Civil Veterinary Dept. Bombay admin report 1907-1913 - 1907-1913
Year: 1907
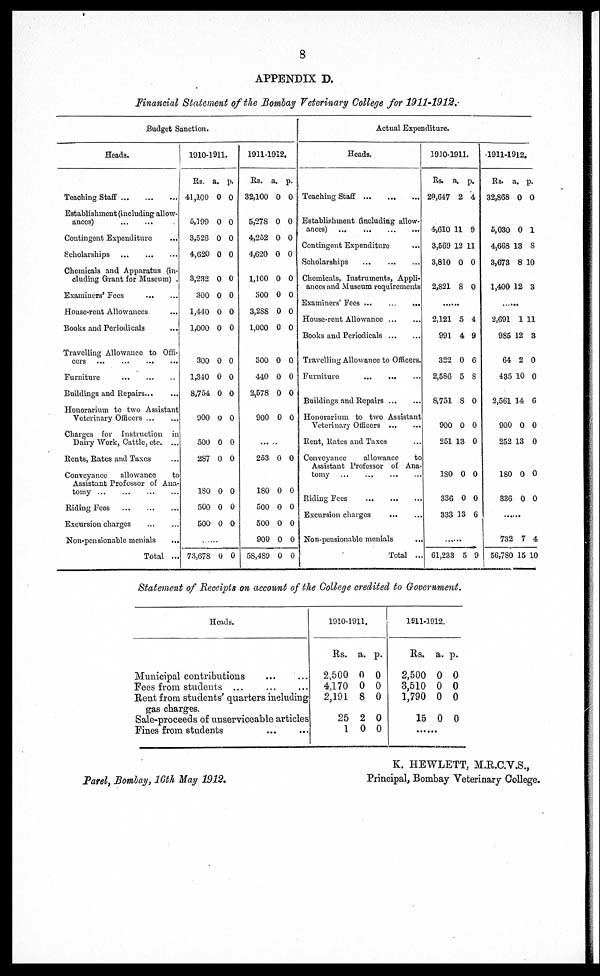
8
APPENDIX D.
Financial Statement of the Bombay Veterinary College for 1911-1912.
Budget Sanction.
Heads.
Teaching Staff ... ... ...
Establishment (including allow-
ances) ... ... ...
Contingent Expenditure
Scholarships ... ... ...
Chemicals and Apparatus (in-
cluding Grant for Museum) .
Examiners' Fees ... ...
House-rent Allowances ...
Books and Periodicals ...
Travelling Allowance to Offi-
cers ... ... ... ...
Furniture ... ... ...
Buildings and Repairs ...
Honorarium to two Assistant
Veterinary Officers ... ...
Charges for Instruction in
Dairy Work, Cattle, etc. ...
Rents, Rates and Taxes ...
Conveyance
allowance
to
Assistant Professor of Ana-
tomy ... ... ... ...
Riding Fees ... ... ...
Excursion charges ... ...
Non-pensionable menials ...
Total ...
1910-1911.
Rs.
41,100
5,199
3,526
4,620
3,232
300
1,440
1,000
300
1,340
8,754
900
500
287
180
500
500
a.
0
0
0
0
0
0
0
0
0
0
0
0
0
0
0
0
0
p.
0
0
0
0
0
0
0
0
0
0
0
0
0
0
0
0
0
......
73,678 0 0
1911-1912.
Rs.
32,100
5,278
4,252
4,620
1,100
300
3,288
1,000
300
440
2,578
900
253
180
500
500
900
58,489
a.
0
0
0
0
0
0
0
0
0
0
0
0
0
0
0
0
0
0
p.
0
0
0
0
0
0
0
0
0
0
0
0
0
0
0
0
0
0
Actual Expenditure.
Heads.
Teaching Staff ... ... ...
Establishment (including allow-
ances) ... ... ... ...
Contingent Expenditure ...
Scholarships ... ... ...
Chemicals, Instruments, Appli-
ances and Museum requirements
Examiners' Fees ... ... ...
House-rent Allowance ... ...
Books and Periodicals ... ...
Travelling Allowance to Officers.
Furniture ... ... ...
Buildings and Repairs ... ...
Honorarium to two Assistant
Veterinary Officers ... ...
Rent, Rates and Taxes ...
Conveyance
allowance
to
Assistant Professor of Ana-
tomy ... ... ... ...
Riding Fees ... ... ...
Excursion charges ... ...
Non-pensionable menials ...
Total ...
1910-1911.
Rs.
29,647
4,610
3,569
3,810
2,821
2,121
991
322
2,5S6
8,751
900
251
180
336
333
a.
2
11
12
0
8
5
4
0
5
8
0
13
0
0
13
p.
4
9
11
0
0
4
9
6
8
0
0
0
0
0
6
......
61,233 5 9
1911-1912.
Rs.
32,868
5,030
4,668
3,673
1,400
2,691
985
64
435
2,561
900
252
180
336
732
56,780
a.
0
0
13
8 1
12
1 1
12
2
10
14
0
13
0
0
7
15
p.
0
1
8
0
3
1
3
0
0
6
0
0
0
0
4
10
Statement of Receipts on account of the College credited to Government.
Heads.
Municipal contributions ... ...
Fees from students ... ... ...
Rent from students' quarters including
gas charges.
Sale-proceeds of unserviceable articles
Fines from students ... ...
1910-1
911.
Rs.
2,500
4,170
2,191
25
1
a.
0
0
8
2
0
p.
0
0
0
0
0
1911-19
12.
Rs.
2,500
3,510
1,790
15
a.
0
0
0
0
p.
0
0
0
0
......
Parel, Bombay, 16th May 1912.
K. HEWLETT, M.R.C.V.S.,
Principal, Bombay Veterinary College.